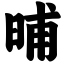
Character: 晡